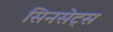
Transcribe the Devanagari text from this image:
सिनसेट्स